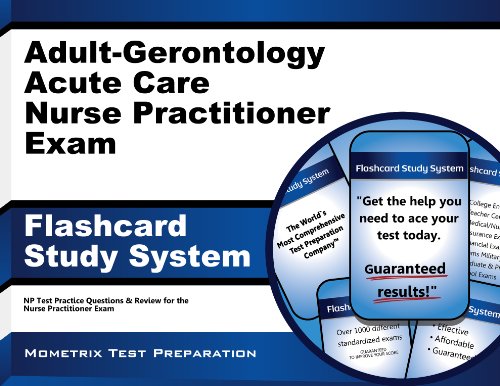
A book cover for Adult-Gerontology Acute Care Nurse Practitioner Exam Flashcard Study System: NP Test Practice Questions & Review for the Nurse Practitioner Exam (Cards); NP Exam Secrets Test Prep Team; Test Preparation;